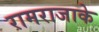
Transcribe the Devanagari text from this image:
रामराजाके